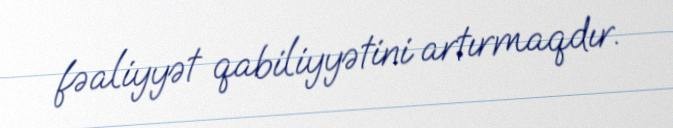
fəaliyyət qabiliyyətini artırmaqdır.